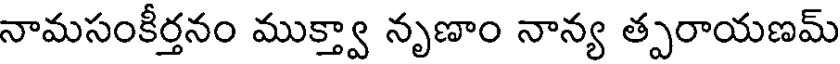
నామసంకీర్తనం ముక్త్వా నృణాం నాన్య త్పరాయణమ్